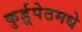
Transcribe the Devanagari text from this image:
कुर्डूपेठमधे